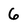
Character: 6